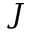
J